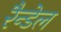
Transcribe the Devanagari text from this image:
रैन्डेल